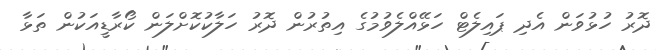
ދޮރު ހުޅުވަން އެދި ޕައިލެޓް ހަޅޭއްލެވުމުގެ އިތުރުން ދޮރު ހަލާކުކޮށްލަން ކޯރާޑީއަކުން ތަޅާ